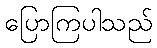
ပြောကြပါသည်